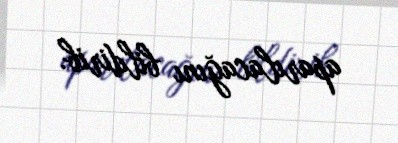
aparılacağını bildirib.